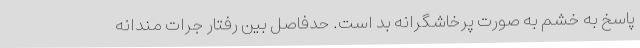
پاسخ به خشم به صورت پرخاشگرانه بد است. حدفاصل بین رفتار جرات مندانه